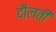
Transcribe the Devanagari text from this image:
दौलती